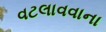
વટલાવવાના